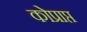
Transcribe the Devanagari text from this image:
कोप्राप्त